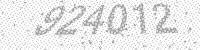
Solution: 924012